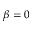
\beta = 0